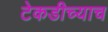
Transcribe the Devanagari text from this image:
टेकडीच्याच